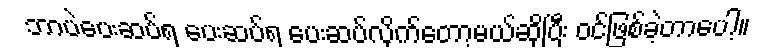
ဘာပဲပေးဆပ်ရ ပေးဆပ်ရ ပေးဆပ်လိုက်တော့မယ်ဆိုပြီး ဝင်ဖြစ်ခဲ့တာပေါ့။